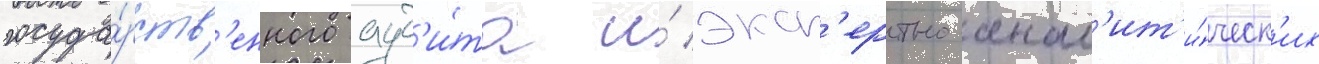
госуда́рств'енного ауд'и́та и́ эксп'ертно-анал'ит'и́ческ'их